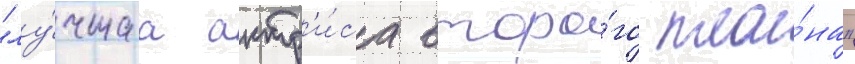
"лу́чшаа актр'и́са второ́го пла́на"